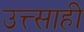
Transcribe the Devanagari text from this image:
उत्त्साही